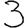
Digit: 3